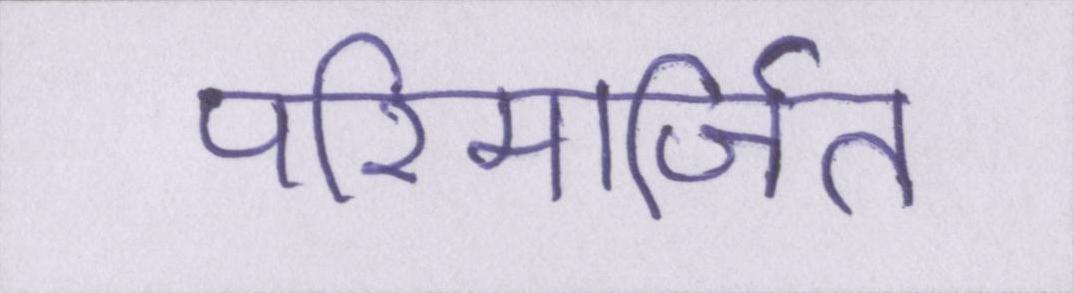
परिमार्जित